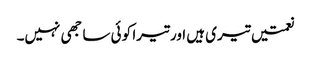
نعمتیں تیری ہیں اور تیرا کو ئی سا جھی نہیں۔